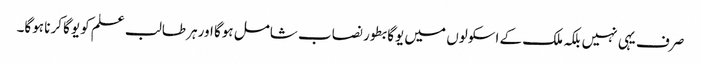
صرف یہی نہیں بلکہ ملک کے اسکولوں میں یوگا بطور نصاب شامل ہوگا اورہر طالب علم کو یوگا کرنا ہوگا۔